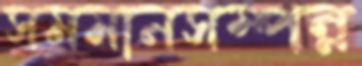
সমমানসম্পন্ন